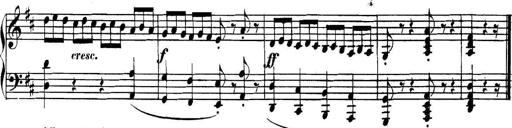
Title: Collected Piano Sonatas
Composer: Muzio Clementi